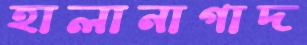
হালানাগাদ